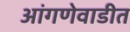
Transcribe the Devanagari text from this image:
आंगणेवाडीत